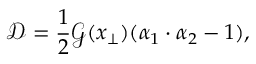
\mathcal { D } = { \frac { 1 } { 2 } } \mathcal { G } ( x _ { \perp } ) ( \alpha _ { 1 } \cdot \alpha _ { 2 } - 1 ) ,